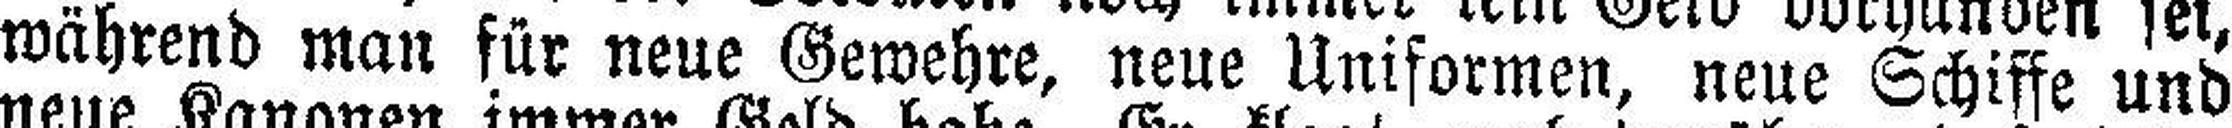
während man für neue Gewehre, neue Uniformen, neue Schiffe und